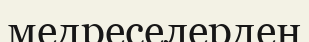
медреселерден